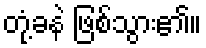
တုံ့ခနဲ ဖြစ်သွား၏။